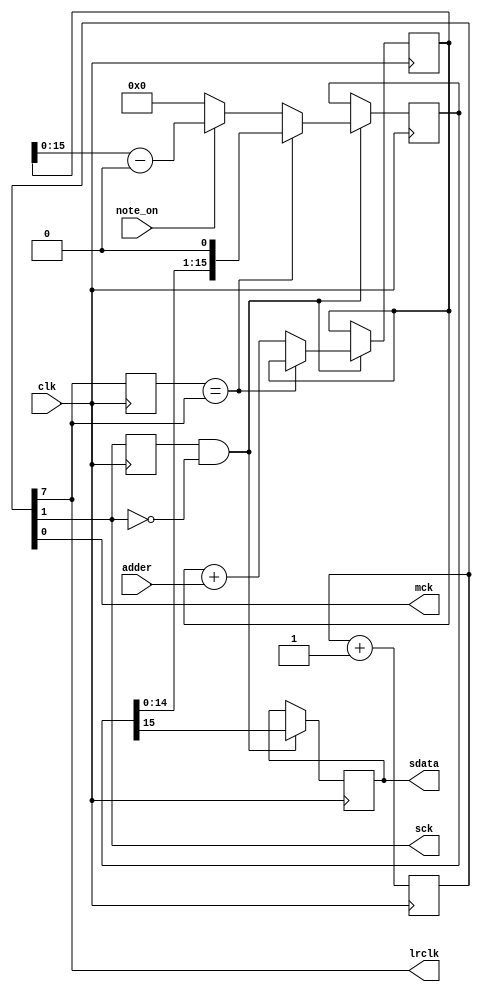
module i2s_dco #(parameter DATA_WIDTH = 16
				) (clk, adder, note_on, sdata, lrclk, mck, sck);

input wire clk; //general clock of project (top level) 50 MHz
input wire [31:0] adder; //adder for dds
input wire note_on;
output reg sdata; initial sdata <= 1'b0;

//output reg mck; initial mck <= 1'b0; 
output wire mck, sck, lrclk;
reg [9:0]  mck_div; initial mck_div<=10'd0;
/*    50 
  - 
 0 - 25.000.000
 1 - 12.500.000
 2 -  6.250.000
 3 -  3.125.000
 4 -  1.562.500
 5 -    781.250
 6 -    390.625
 7 -    195.312.5
 8 -     97.656.25
 9 -     48.828.125

*/


parameter LR_BIT = 7; // 9 for 48 khz; 7 for 195 khz
parameter SCK_BIT = LR_BIT - 6; // lr*64
parameter MCK_BIT = 0;


assign mck   = mck_div[MCK_BIT];
assign lrclk = mck_div[LR_BIT];
assign sck   = mck_div[SCK_BIT];

reg lrclk_prev; initial lrclk_prev <= 1'b1;
wire lrclk_change = ~(lrclk_prev == lrclk);
reg [DATA_WIDTH-1:0] ch_data; initial ch_data <= {DATA_WIDTH{1'b0}};
reg sck_prev; initial sck_prev <= 1'b0;
wire sck_neg = (sck_prev==1'b1 && sck==1'b0);

reg [31:0] DDS_acc; initial DDS_acc <= 32'd0;
wire [31:0] sgnd_data = DDS_acc - 32'b10000000000000000000000000000000;//saw
//wire [31:0] sgnd_data = (DDS_acc[31]) ? 32'h00000000 - 32'b10000000000000000000000000000000 : 32'hffffffff - 32'b10000000000000000000000000000000;

always @(posedge clk) begin
	mck_div <= mck_div + 1'b1;
	lrclk_prev <= lrclk;
	sck_prev <= sck;
	
	if (sck_neg) begin
		if (lrclk_change) begin
			//ch_data <= (lrclk) ? left_chan : right_chan;
			ch_data <= (note_on) ? sgnd_data : 32'h80000000 - 32'b10000000000000000000000000000000;
			DDS_acc <= DDS_acc + adder;
		end else begin
			ch_data <= ch_data << 1;
		end
		sdata <= ch_data[DATA_WIDTH-1];
	end
	
	
end

endmodule